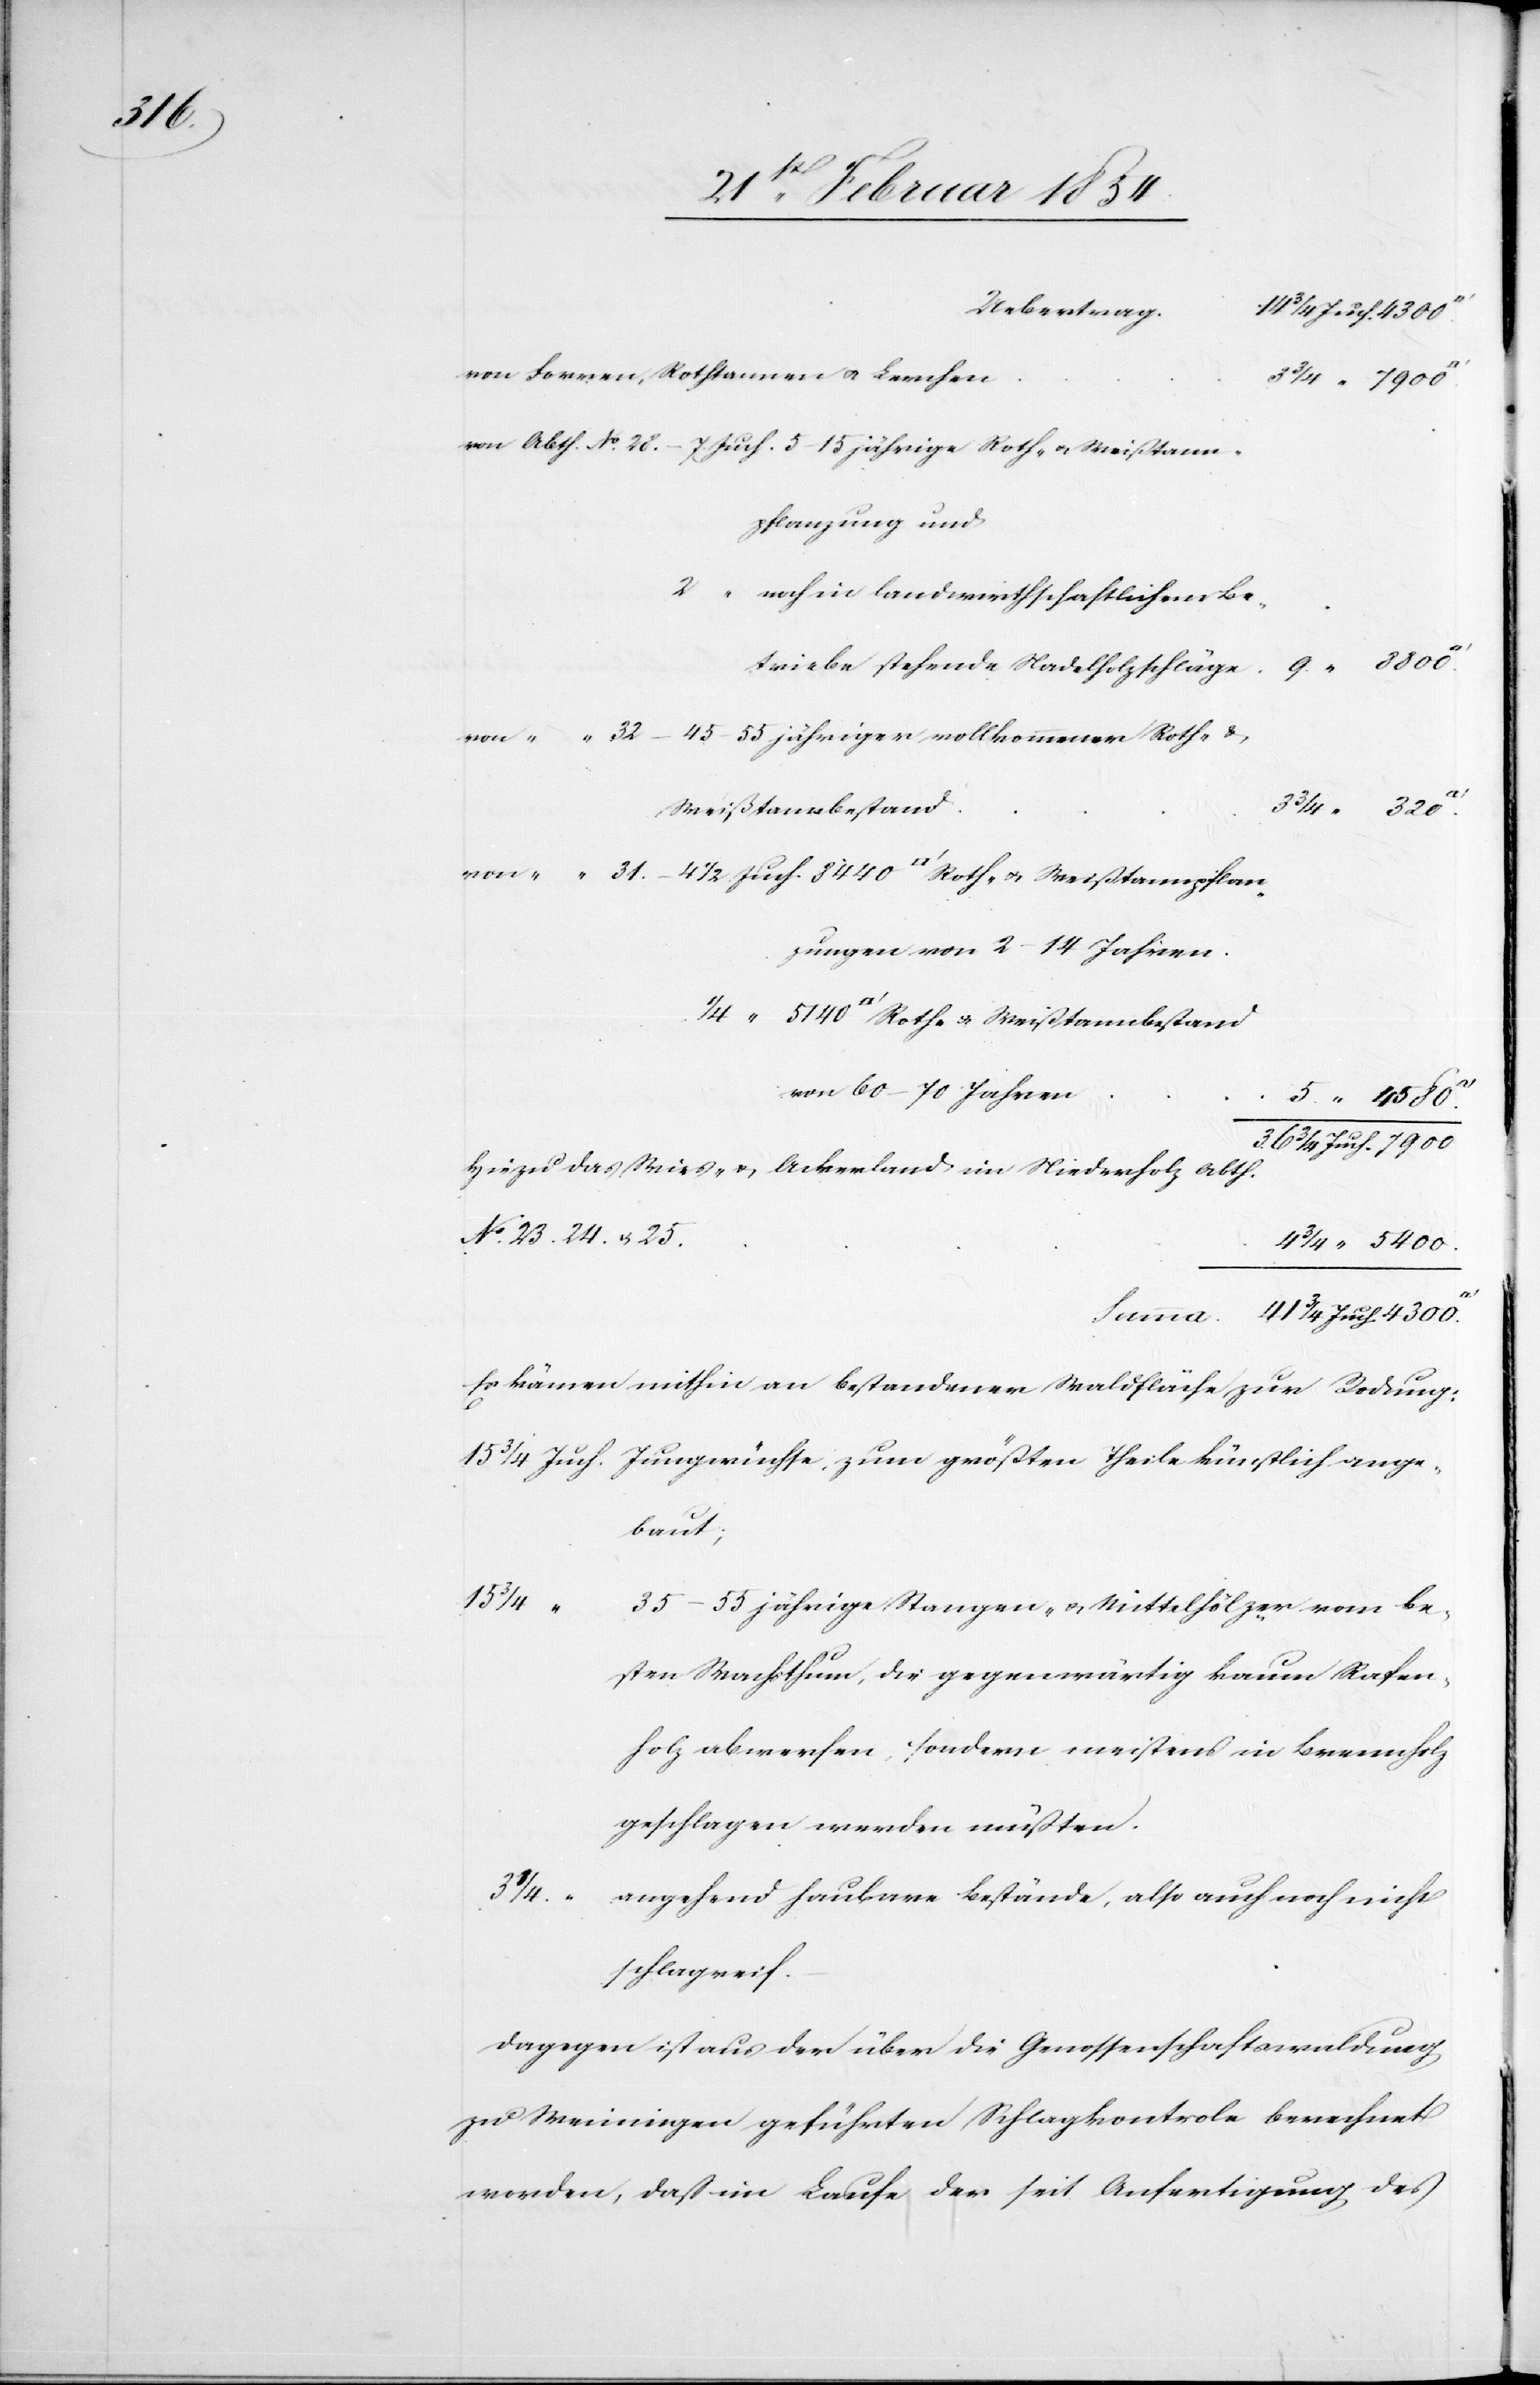
41

Uebertrag.
14 ¾ Juch. 4300.
von Forren, Rothtannen u. Lerchen
3 ¾ „ 7900.
von Abth. No. 28. – 7. Juch. 5–15 jährige Roth- u.
pflanzung und
2 „ noch in landwirtschaftlichem Be¬
9. „ 8800.
von „ „ 32. – 45–55 jähriger vollkommener Roth- u.
3 ¾ „ 320
Weißtannenbestand
zungen von 2–14 Jahren.
von 60–70 Jahren
5. „ 4580.
¾ Juch. 4300.
Hiezu das Wies- u. Ackerland im Niederholz Abth.
No 23. 24. u. 25.
4 ¾ „ 5400.
Es kämen mithin an bestandener Waldfläche zur Rodung:
baut;
15 ¾
35–55 jährige Stangen- u. Mittelhölzer vom be¬
sten Wachsthum, die gegenwärtig kaum Rafen¬
holz abwerfen, sondern meistens in Brennholz
geschlagen werden müßten.
angehend haubare Bestände, also auch noch nicht
schlagreif.
Dagegen ist aus der über die Genossenschaftswaldung
zu Weiningen geführten Schlagkontrole berechnet
worden, daß im Laufe der seit Anfertigung des